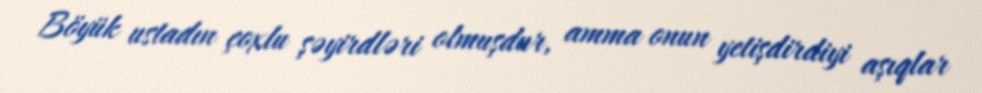
Böyük ustadın çoxlu şəyirdləri olmuşdur, amma onun yetişdirdiyi aşıqlar